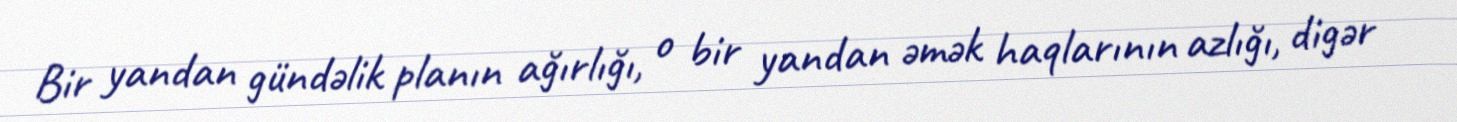
Bir yandan gündəlik planın ağırlığı, o bir yandan əmək haqlarının azlığı, digər